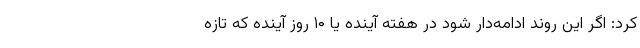
کرد: اگر این روند ادامه‌دار شود در هفته آینده یا ۱۰ روز آینده که تازه